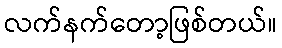
လက်နက်တော့ဖြစ်တယ်။